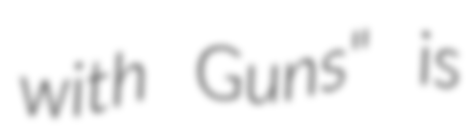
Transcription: with Guns" is